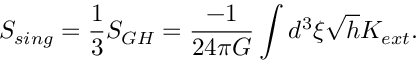
S _ { s i n g } = { \frac { 1 } { 3 } } S _ { G H } = { \frac { - 1 } { 2 4 \pi G } } \int d ^ { 3 } \xi \sqrt { h } K _ { e x t } .